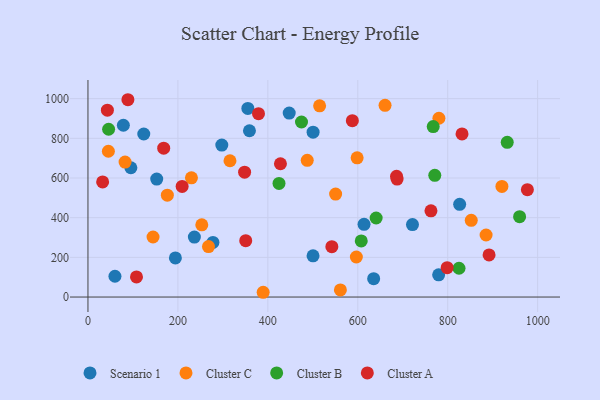
{"axis": {"x": "Distance", "y": "Rating"}, "legend": ["Cluster A", "Cluster B", "Cluster C", "Scenario 1"], "data": [{"x": "721.6", "y": 365.2, "type": "Scenario 1"}, {"x": "359.1", "y": 838.2, "type": "Scenario 1"}, {"x": "613.9", "y": 366.6, "type": "Scenario 1"}, {"x": "152.9", "y": 594.4, "type": "Scenario 1"}, {"x": "355.5", "y": 950.9, "type": "Scenario 1"}, {"x": "277.9", "y": 275.3, "type": "Scenario 1"}, {"x": "826.5", "y": 467.1, "type": "Scenario 1"}, {"x": "635.3", "y": 92.6, "type": "Scenario 1"}, {"x": "60.0", "y": 104.8, "type": "Scenario 1"}, {"x": "779.8", "y": 112.2, "type": "Scenario 1"}, {"x": "236.6", "y": 302.4, "type": "Scenario 1"}, {"x": "78.7", "y": 866.0, "type": "Scenario 1"}, {"x": "500.5", "y": 207.6, "type": "Scenario 1"}, {"x": "194.4", "y": 196.9, "type": "Scenario 1"}, {"x": "500.6", "y": 831.2, "type": "Scenario 1"}, {"x": "297.6", "y": 766.0, "type": "Scenario 1"}, {"x": "95.4", "y": 651.7, "type": "Scenario 1"}, {"x": "124.1", "y": 821.9, "type": "Scenario 1"}, {"x": "447.5", "y": 927.4, "type": "Scenario 1"}, {"x": "230.1", "y": 601.1, "type": "Cluster C"}, {"x": "598.5", "y": 701.5, "type": "Cluster C"}, {"x": "852.3", "y": 386.8, "type": "Cluster C"}, {"x": "82.5", "y": 680.5, "type": "Cluster C"}, {"x": "253.1", "y": 363.8, "type": "Cluster C"}, {"x": "561.3", "y": 35.8, "type": "Cluster C"}, {"x": "885.3", "y": 312.8, "type": "Cluster C"}, {"x": "176.5", "y": 513.5, "type": "Cluster C"}, {"x": "389.6", "y": 24.0, "type": "Cluster C"}, {"x": "144.7", "y": 302.7, "type": "Cluster C"}, {"x": "780.4", "y": 901.1, "type": "Cluster C"}, {"x": "268.0", "y": 254.3, "type": "Cluster C"}, {"x": "515.1", "y": 963.8, "type": "Cluster C"}, {"x": "596.8", "y": 201.8, "type": "Cluster C"}, {"x": "920.5", "y": 557.8, "type": "Cluster C"}, {"x": "550.7", "y": 518.9, "type": "Cluster C"}, {"x": "487.6", "y": 689.2, "type": "Cluster C"}, {"x": "660.6", "y": 966.2, "type": "Cluster C"}, {"x": "315.8", "y": 687.1, "type": "Cluster C"}, {"x": "45.4", "y": 734.8, "type": "Cluster C"}, {"x": "959.8", "y": 404.9, "type": "Cluster B"}, {"x": "825.1", "y": 145.1, "type": "Cluster B"}, {"x": "424.8", "y": 572.7, "type": "Cluster B"}, {"x": "932.3", "y": 779.7, "type": "Cluster B"}, {"x": "640.8", "y": 398.3, "type": "Cluster B"}, {"x": "767.7", "y": 859.1, "type": "Cluster B"}, {"x": "45.9", "y": 845.8, "type": "Cluster B"}, {"x": "474.8", "y": 882.2, "type": "Cluster B"}, {"x": "607.7", "y": 282.7, "type": "Cluster B"}, {"x": "771.2", "y": 613.3, "type": "Cluster B"}, {"x": "107.9", "y": 101.5, "type": "Cluster A"}, {"x": "428.0", "y": 671.9, "type": "Cluster A"}, {"x": "798.7", "y": 148.1, "type": "Cluster A"}, {"x": "43.2", "y": 942.1, "type": "Cluster A"}, {"x": "891.9", "y": 212.1, "type": "Cluster A"}, {"x": "209.4", "y": 557.6, "type": "Cluster A"}, {"x": "977.1", "y": 541.1, "type": "Cluster A"}, {"x": "831.8", "y": 822.0, "type": "Cluster A"}, {"x": "88.8", "y": 994.6, "type": "Cluster A"}, {"x": "379.2", "y": 924.5, "type": "Cluster A"}, {"x": "348.3", "y": 629.4, "type": "Cluster A"}, {"x": "686.2", "y": 608.6, "type": "Cluster A"}, {"x": "587.9", "y": 888.8, "type": "Cluster A"}, {"x": "542.3", "y": 253.7, "type": "Cluster A"}, {"x": "350.8", "y": 283.9, "type": "Cluster A"}, {"x": "687.4", "y": 594.5, "type": "Cluster A"}, {"x": "762.7", "y": 434.4, "type": "Cluster A"}, {"x": "168.4", "y": 750.5, "type": "Cluster A"}, {"x": "32.6", "y": 580.3, "type": "Cluster A"}]}